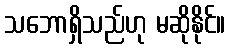
သဘောရှိသည်ဟု မဆိုနိုင်။